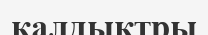
қалдықтры